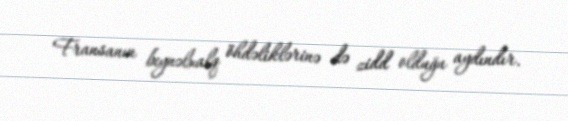
Fransanın beynəlxalq öhdəliklərinə də zidd olduğu aydındır.